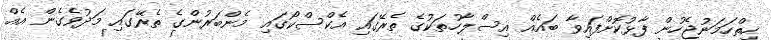
ހިތްހަމަނުޖެހުން ފާޅުކޮށްފައިވާ ބައެއް އިސްލާހުތަކުގެ ތެރޭގައި އެކްސްކޯގައި މެންބަރުންގެ ތެރޭގައި މަދުވެގެން އެއް